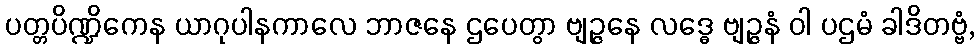
ပတ္တပိဏ္ဍိကေန ယာဂုပါနကာလေ ဘာဇနေ ဌပေတွာ ဗျဉ္ဇနေ လဒ္ဓေ ဗျဉ္ဇနံ ဝါ ပဌမံ ခါဒိတဗ္ဗံ,